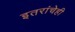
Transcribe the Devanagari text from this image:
इतरांचेही